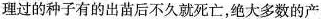
理过的种子有的出苗后不久就死亡，绝大多数的产